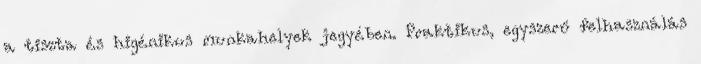
a tiszta és higénikus munkahelyek jegyében. Praktikus, egyszerű felhasználás